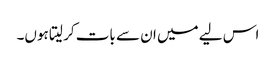
اس لیے میں ان سے بات کر لیتا ہوں۔